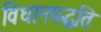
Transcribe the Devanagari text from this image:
विधानपद्धति